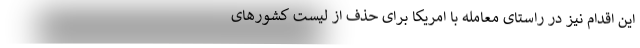
این اقدام نیز در راستای معامله با امریکا برای حذف از لیست کشورهای